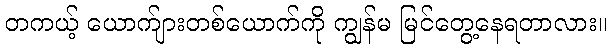
တကယ့် ယောက်ျားတစ်ယောက်ကို ကျွန်မ မြင်တွေ့နေရတာလား။